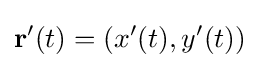
\mathbf {r} '(t)=(x'(t),y'(t))